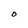
Character: O